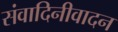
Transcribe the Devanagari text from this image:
संवादिनीवादन